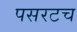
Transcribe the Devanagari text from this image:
पसरटच